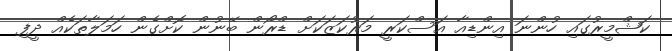
ކަޝްމީރުގައި ހުންނަ އިންޑިއާ އަސްކަރީ މަރުކަޒަކަށް ޑްރޯން ބޭނުން ކޮށްގެން ހަމަލާތަކެއް ދީފި